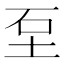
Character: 𡊵